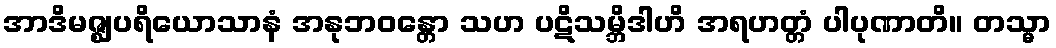
အာဒိမဇ္ဈပရိယောသာနံ အနုဘဝန္တော သဟ ပဋိသမ္ဘိဒါဟိ အရဟတ္တံ ပါပုဏာတိ။ တသ္မာ